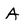
Character: A